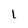
Character: I